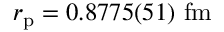
r _ { \mathrm { p } } = 0 . 8 7 7 5 ( 5 1 ) \ \mathrm { f m }